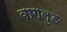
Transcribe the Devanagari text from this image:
वागलुङ